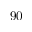
9 0